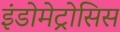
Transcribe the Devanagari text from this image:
इंडोमेट्रोसिस